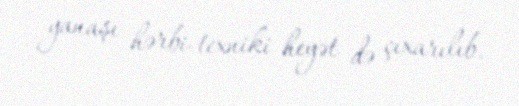
yanaşı hərbi-texniki heyət də çıxarılıb.